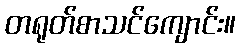
တရုတ်စာသင်ကျောင်း။